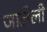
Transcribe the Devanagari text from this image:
जालेली